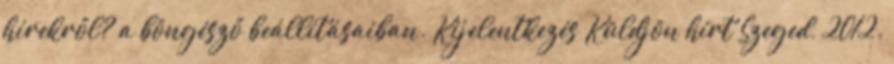
hírekről? a böngésző beállításaiban. Kijelentkezés Küldjön hírt Szeged, 2012.